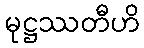
မုဋ္ဌဿတီဟိ